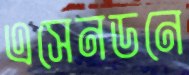
এসেনডনে